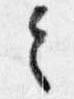
令